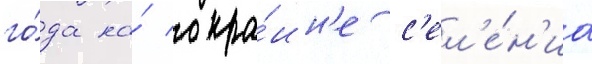
го́да на́ окра́ин'е с'ел'е́н'иа